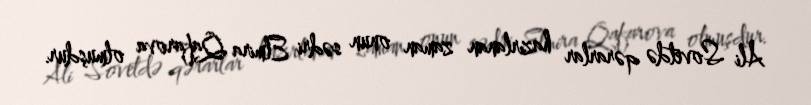
Ali Sovetdə qərarlar hazırlanan zaman onun sədri Elmira Qafarova olmuşdur.